Voisiku_vallavalitsus, lk 9
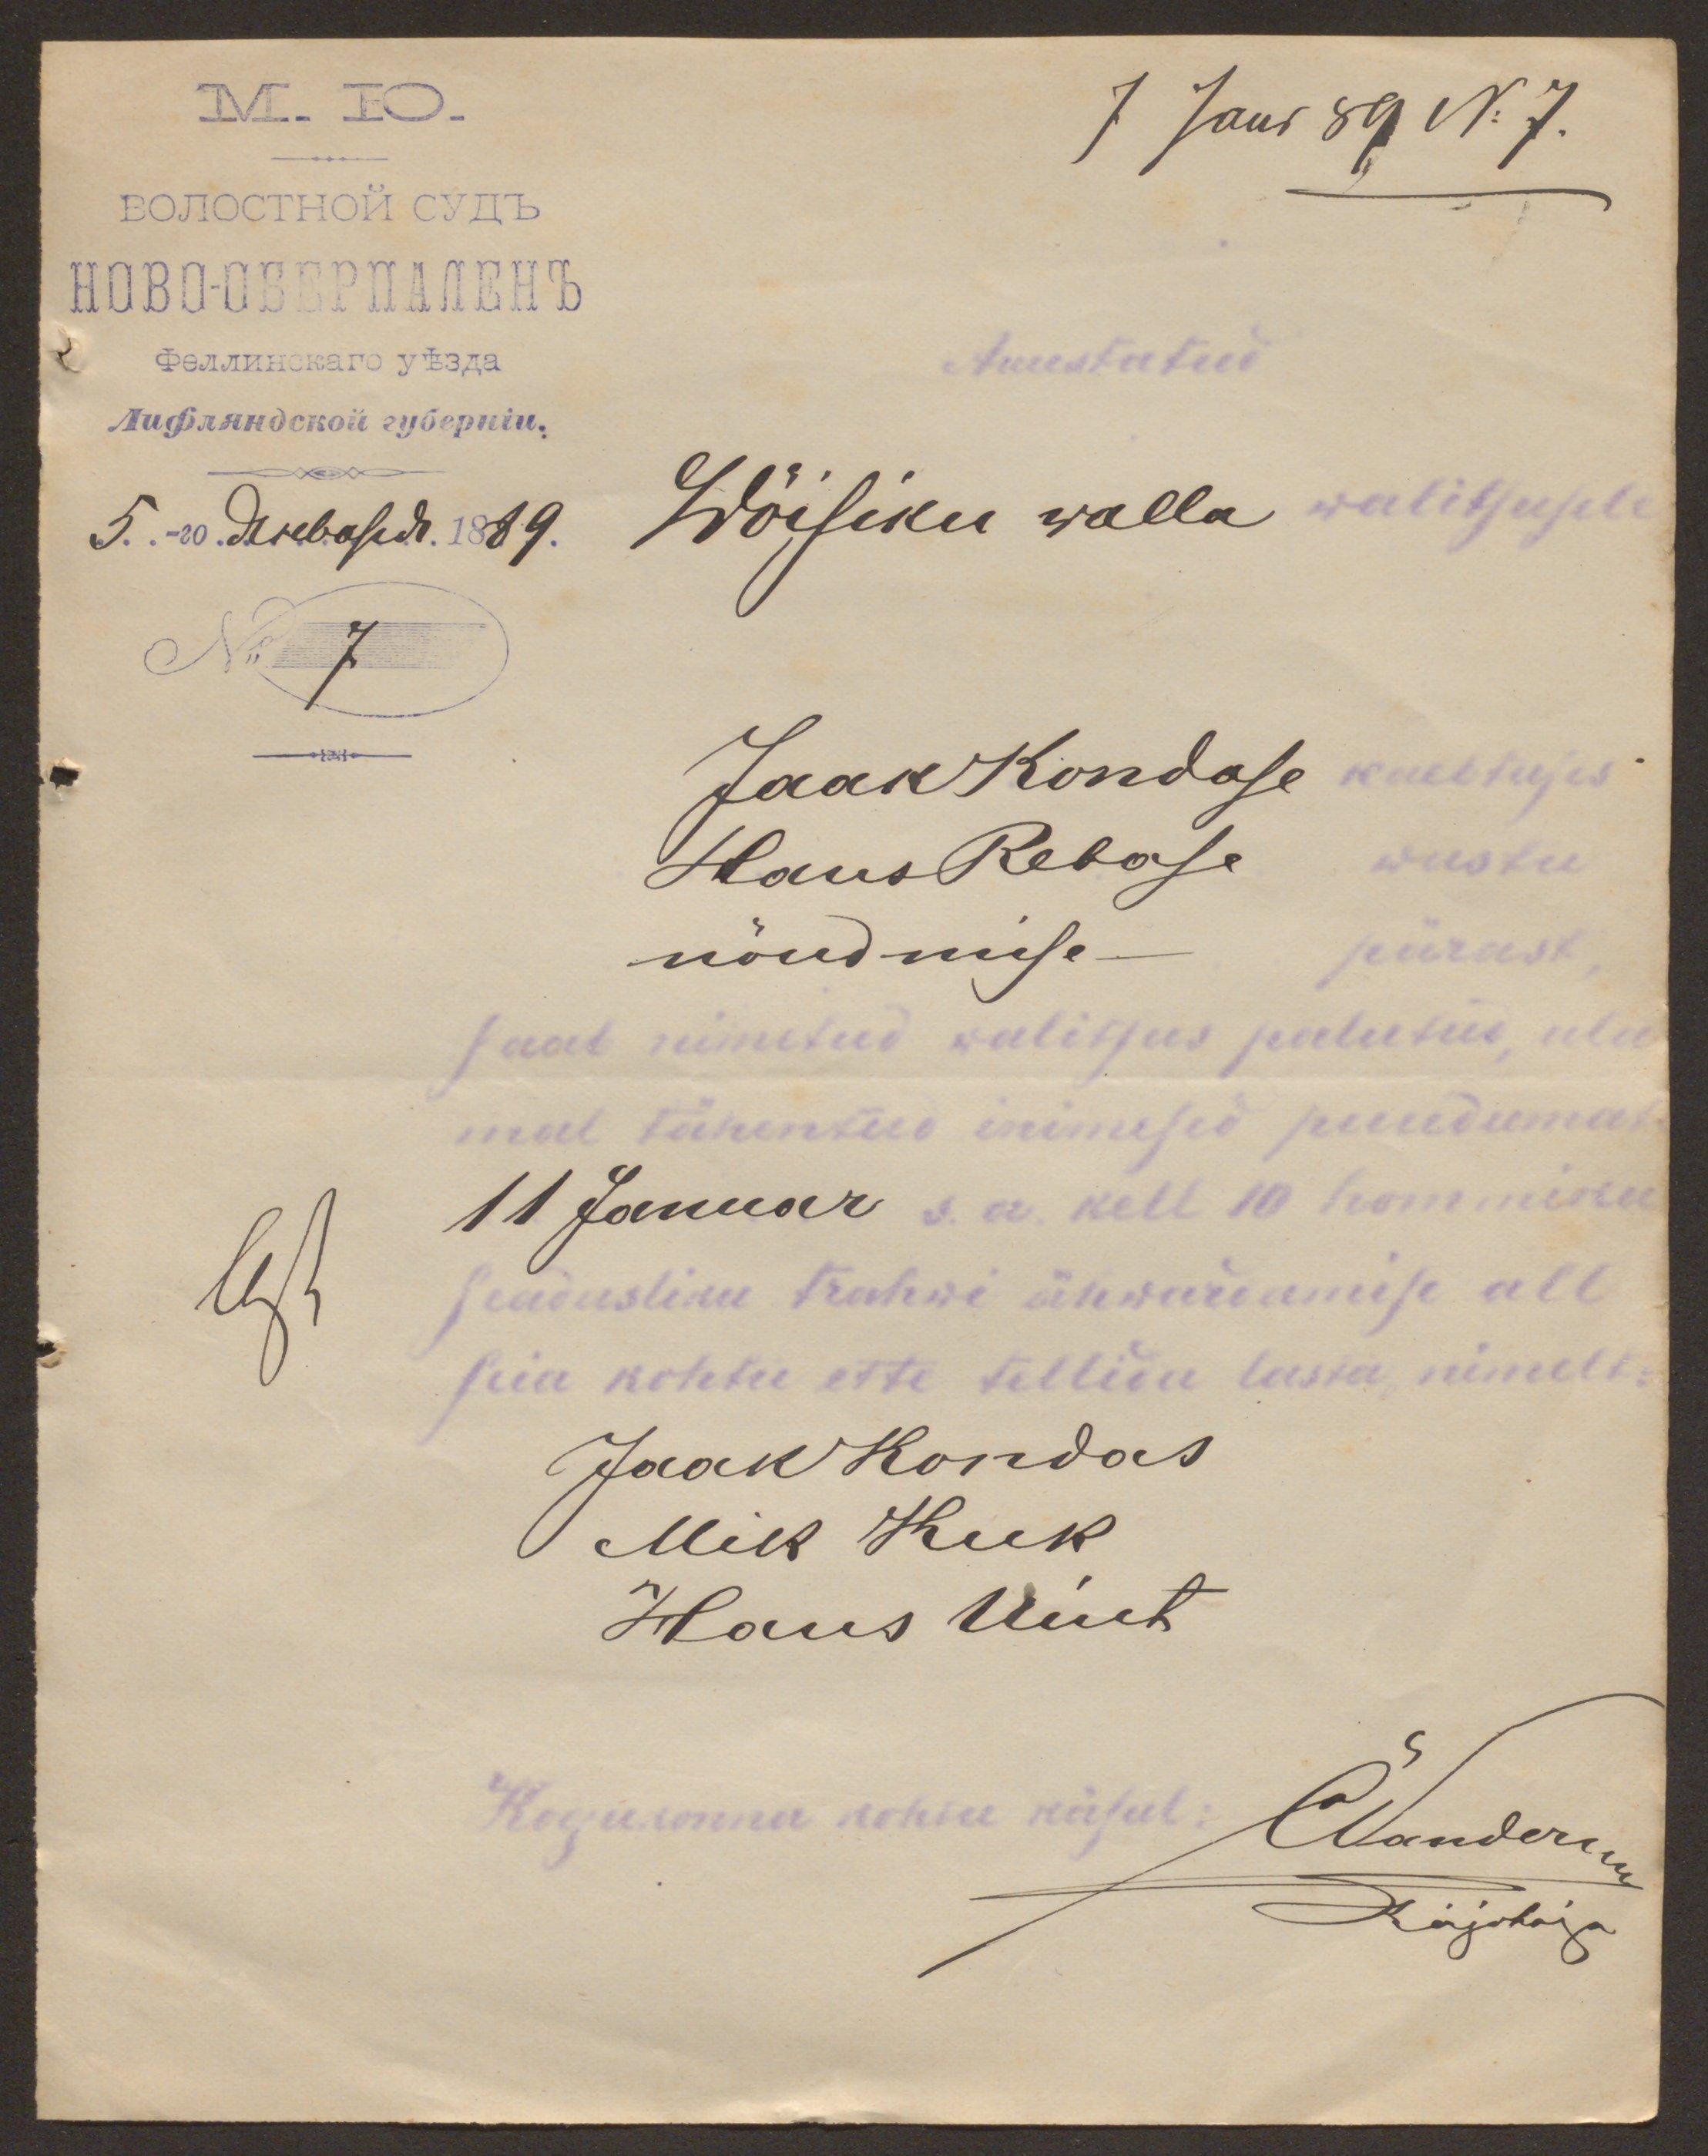
7 Janr 89 No 7.
Auustatud
Wõisiku walla walitsusele
No 7
Jaak Kondose kaebtuses
Hans Rebase wastu
nõudmise pärast
saab nimetatud walitsus palutud, ala-
mal tähentud inimesed puudumast
11 Januar s.a. kell 10 hommiku
seadusliku trahwi ähwardamise all
siia kohtu ette tellida lasta, nimelt:
Jaak Kondas
Mik Kuk
Hans Uint
Kogukonna kohtu käsul: Wanderius
Kirjutaja